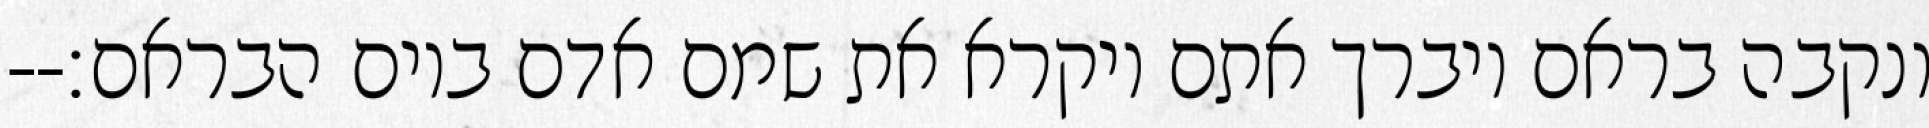
ונקבה בראם ויברך אתם ויקרא את שמם אדם ביום הבראם׃--